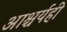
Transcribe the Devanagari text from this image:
आश्चर्यही